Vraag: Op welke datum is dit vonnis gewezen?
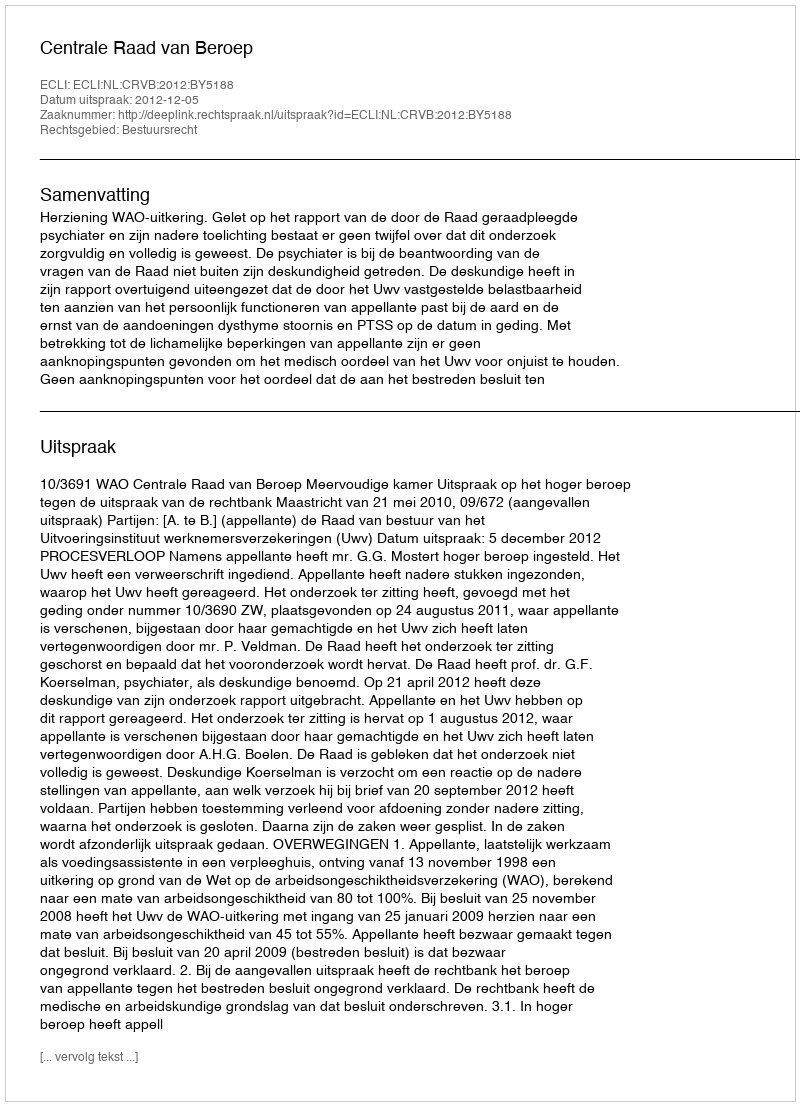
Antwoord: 2012-12-05